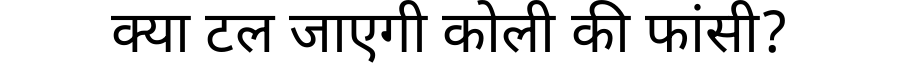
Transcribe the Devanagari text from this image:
क्या टल जाएगी कोली की फांसी?